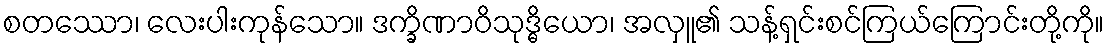
စတဿော၊ လေးပါးကုန်သော။ ဒက္ခိဏာဝိသုဒ္ဓိယော၊ အလှူ၏ သန့်ရှင်းစင်ကြယ်ကြောင်းတို့ကို။